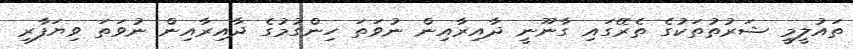
ތައުލީމީ ޝަރުތުތަކުގެ ތެރޭގައި ގާނޫނީ ދާއިރާއިން ނުވަތަ ހިންގުމުގެ ދާއިރާއިން ނުވަތަ ވިޔަފާރި